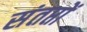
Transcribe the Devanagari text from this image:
संतप्तों